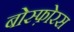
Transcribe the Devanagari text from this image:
बोस्फ़ोरस